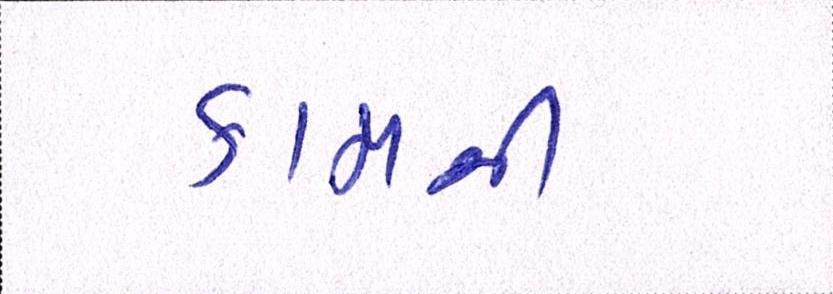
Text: કામની